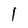
Character: 1